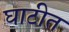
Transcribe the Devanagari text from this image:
घाटीत